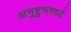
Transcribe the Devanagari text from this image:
अनुष्टुभमध्ये